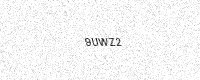
Text: 9UWZ2